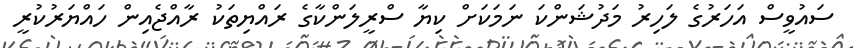
ސައުވީސް އަހަރުގެ ލަހިރު މަދުޝަންކަ ނަމަކަށް ކިޔާ ސްރީލަންކާގެ ރައްޔިތަކު ރާއްޖެއިން ހައްޔަރުކުރީ